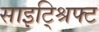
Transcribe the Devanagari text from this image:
साइट्श्रिफ्ट